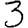
Digit: 3